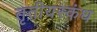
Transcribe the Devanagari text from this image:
तृतीयस्कंध